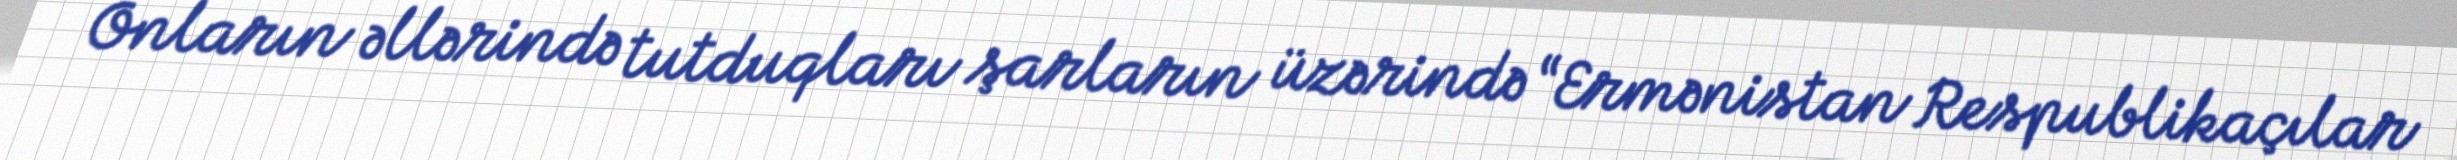
Onların əllərində tutduqları şarların üzərində “Ermənistan Respublikaçılar